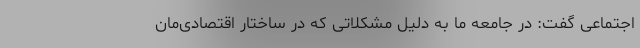
اجتماعی گفت: در جامعه ما به دلیل مشکلاتی که در ساختار اقتصادی‌مان